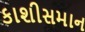
કાશીસમાન